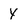
Character: Y